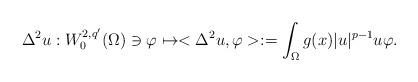
LaTeX: \begin{align*}\Delta^2u:W^{2,q'}_0(\Omega)\ni\varphi\mapsto<\Delta^2u,\varphi>:=\int_\Omega g(x)|u|^{p-1}u\varphi.\end{align*}